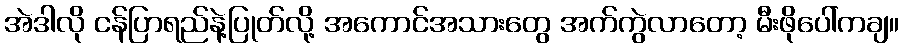
အဲဒါလို ငန်ပြာရည်နဲ့ပြုတ်လို့ အကောင်အသားတွေ အက်ကွဲလာတော့ မီးဖိုပေါ်ကချ။